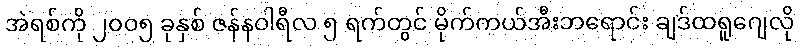
အဲရစ်ကို ၂၀၀၅ ခုနှစ် ဇန်နဝါရီလ ၅ ရက်တွင် မိုက်ကယ်အီးဘရောင်း ချဒ်ထရူဂျေလို